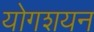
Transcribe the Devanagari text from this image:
योगशयन